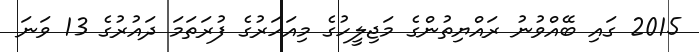
2015 ގައި ބޭއްވުނު ރައްޔިތުންގެ މަޖިލީހުގެ މިއަހަރުގެ ފުރަތަމަ ދައުރުގެ 13 ވަނަ